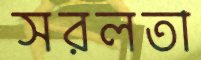
সরলতা